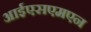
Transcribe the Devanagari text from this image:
आईएसएमएन